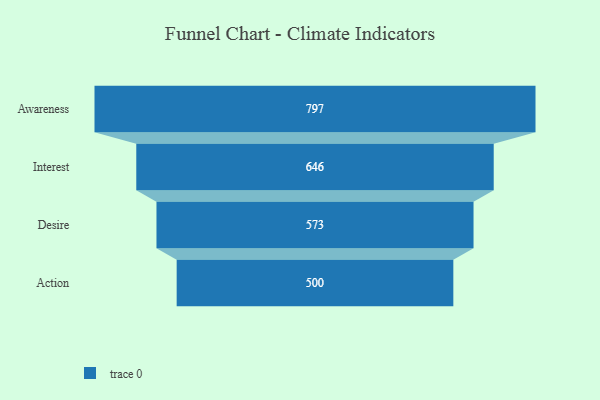
{"axis": {"x": "Stage", "y": "Value"}, "legend": [""], "data": [{"x": "Awareness", "y": 797.0, "type": ""}, {"x": "Interest", "y": 646.0, "type": ""}, {"x": "Desire", "y": 573.0, "type": ""}, {"x": "Action", "y": 500, "type": ""}]}